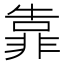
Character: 靠